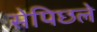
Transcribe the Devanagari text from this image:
सेपिछले